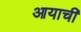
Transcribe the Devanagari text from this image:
आयाची